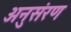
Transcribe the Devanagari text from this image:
अनुसंरण